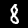
Label: 8